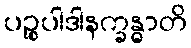
ပဉ္စုပါဒါနက္ခန္ဓာတိ